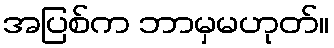
အပြစ်က ဘာမှမဟုတ်။